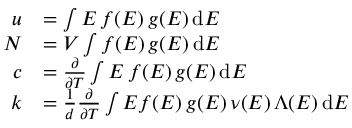
{ \begin{array} { r l } { u } & { = \int E \, f ( E ) \, g ( E ) \, \mathrm { d } E } \\ { N } & { = V \int f ( E ) \, g ( E ) \, \mathrm { d } E } \\ { c } & { = { \frac { \partial } { \partial T } } \int E \, f ( E ) \, g ( E ) \, \mathrm { d } E } \\ { k } & { = { \frac { 1 } { d } } { \frac { \partial } { \partial T } } \int E f ( E ) \, g ( E ) \, \nu ( E ) \, \Lambda ( E ) \, \mathrm { d } E } \end{array} }